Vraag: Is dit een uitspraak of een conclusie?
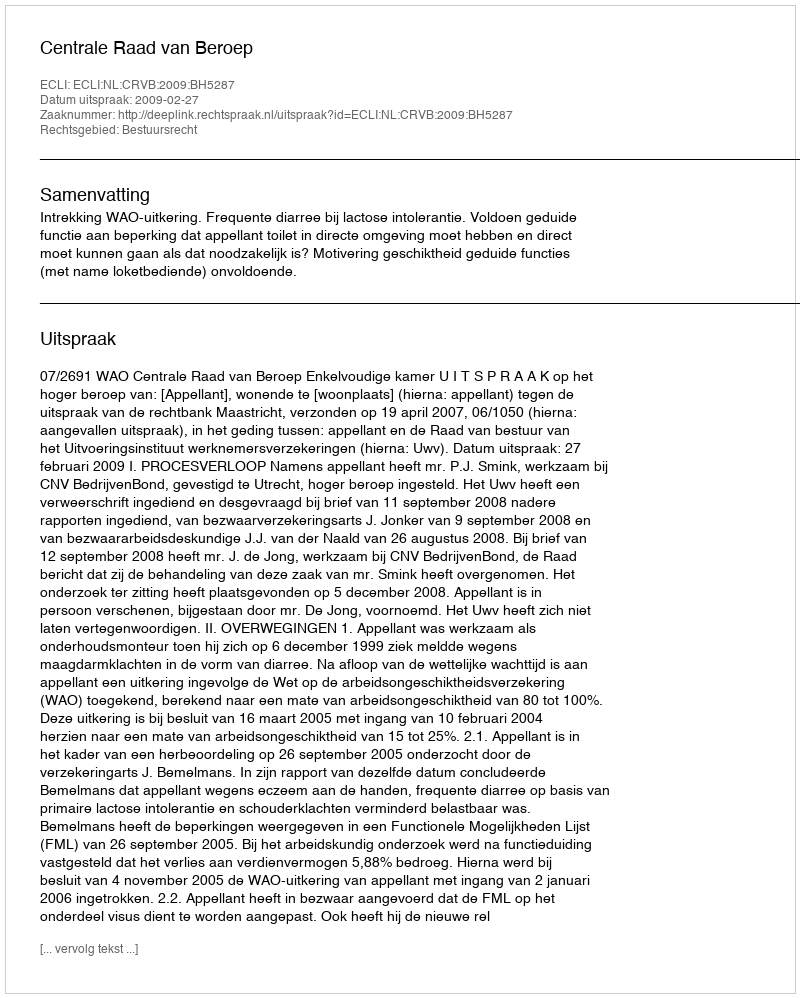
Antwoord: Uitspraak